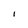
Character: I